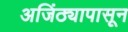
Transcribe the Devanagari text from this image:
अजिंठ्यापासून